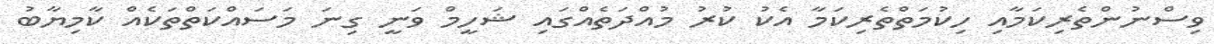
ވިސްނުންތެރިކަމާއި ހިކުމަތްތެރިކަމާ އެކު ކުރު މުއްދަތެއްގައި ޝަހީމް ވަނީ ގިނަ މަސައްކަތްތަކެއް ކާމިޔާބު